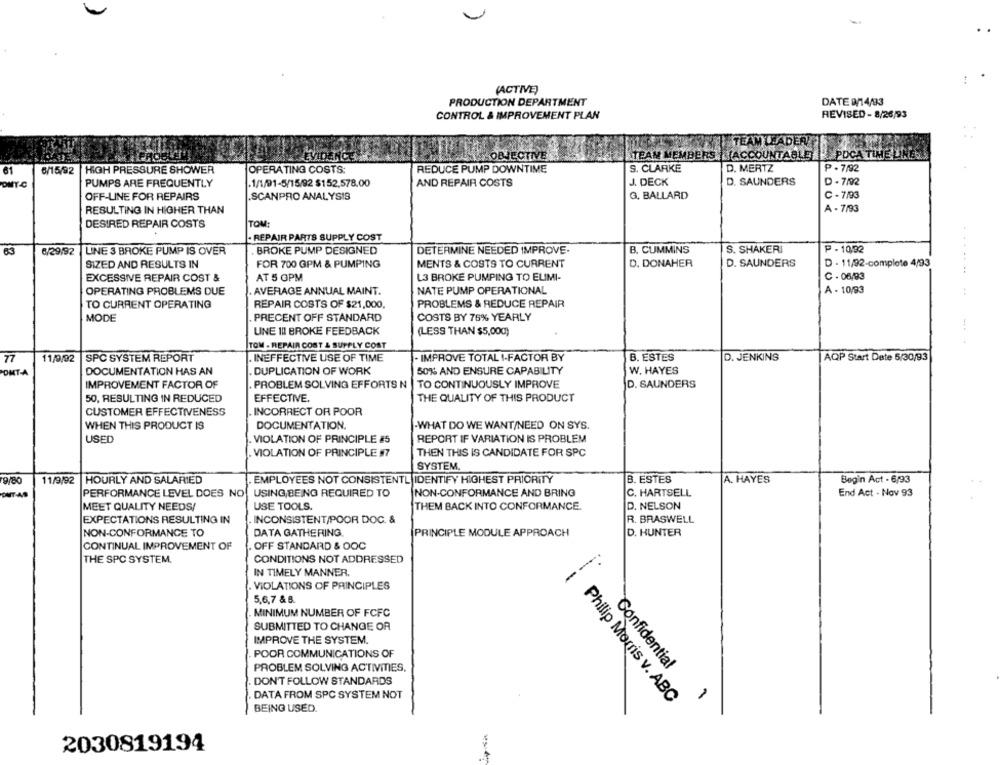
(ACTIVE)
PRODUCTION DEPARTMENT
DATE 9/14/33
CONTROL & IMPROVEMENT PLAN
REVISED - 8/26/93
TEAM LEADER
OBJECTIVE
TEAM MEMBERS I YACCOUNTABLE
POCA TIMEL
HIGH PRESSURE SHOWER
OPERATING COSTS:
REDUCE PUMP DOWNTIME
S. CLARKE
D. MERTZ
₱ . 7/92
61
6/15/92
DMT.C
PUMPS ARE FREQUENTLY
.1/1/91-5/15/92 $152.578.00
AND REPAIR COSTS
J. DECK
D. SAUNDERS
D - 7/02
OFF-LINE FOR REPAIRS
,SCANPRO ANALYSIS
G. BALLARD
C - 7/93
RESULTING IN HIGHER THAN
A - 7/93
TOM:
DESIRED REPAIR COSTS
· REPAIR PARTS SUPPLY COST
6/29/92
LINE 3 BROKE PUMP IS OVER
. BROKE PUMP DESIGNED
DETERMINE NEEDED IMPROVE.
B. CUMMINS
S. SHAKER
P - 10,92
SIZED AND RESULTS IN
FOR 700 GPM & PUMPING
MENTS & COSTS TO CURRENT
D. DONAHER
D. SAUNDERS
D - 11/92-complete 4/93
C - 06/93
.....
EXCESSIVE REPAIR COST &
AT 5 OPM
L3 BROKE PUMPING TO EUMI-
. AVERAGE ANNUAL MAINT.
NATE PUMP OPERATIONAL
A - 10/93
OPERATING PROBLEMS DUE
TO CURRENT OPERATING
REPAIR COSTS OF $21,000,
PROBLEMS & REDUCE REPAIR
MODE
PRECENT OFF STANDARD
COSTS BY 76% YEARLY
UNE III BROKE FEEDBACK
(LESS THAN $5,000)
TOM - REPAIR COST & SUPPLY COST
77
11/9/92
SPC SYSTEM REPORT
. INEFFECTIVE USE OF TIME
- IMPROVE TOTAL I-FACTOR BY
B. ESTES
D. JENKINS
AQP Start Date 6/30/93
PONTA
DOCUMENTATION HAS AN
. DUPLICATION OF WORK
50% AND ENSURE CAPABILITY
W. HAYES
IMPROVEMENT FACTOR OF
PROBLEM SOLVING EFFORTS N
TO CONTINUOUSLY IMPROVE
D. SAUNDERS
50, RESULTING IN REDUCED
EFFECTIVE.
THE QUALITY OF THIS PRODUCT
CUSTOMER EFFECTIVENESS
INCORRECT OR POOR
WHEN THIS PRODUCT IS
DOCUMENTATION.
-WHAT DO WE WANT/NEED ON SYS.
USED
VIOLATION OF PRINCIPLE #5
REPORT IF VARIATION IS PROBLEM
THEN THIS IS CANDIDATE FOR SPC
. VIOLATION OF PRINCIPLE 97
SYSTEM.
79/80
11/9/92
HOURLY AND SALARIED
EMPLOYEES NOT CONSISTENTL IDENTIFY HIGHEST PRIORITY
B. ESTES
A. HAYES
Begin Act - 6/93
PERFORMANCE LEVEL DOES NO
USING,BEING REQUIRED TO
NON-CONFORMANCE AND BRING
C. HARTSELL
End Act - Nov 93
USE TOOLS.
THEM BACK INTO CONFORMANCE.
D. NELSON
MEET QUALITY NEEDS/
EXPECTATIONS RESULTING IN
INCONSISTENT/POOR DOC. &
R. BRASWELL
NON-CONFORMANCE TO
DATA GATHERING
PRINCIPLE MODULE APPROACH
D. HUNTER
CONTINUAL IMPROVEMENT OF
OFF STANDARD & OOC
CONDITIONS NOT ADDRESSED
--
THE SPC SYSTEM.
IN TIMELY MANNER.
VIOLATIONS OF PRINCIPLES
5,6,7 & B.
MINIMUM NUMBER OF FCFC
SUBMITTED TO CHANGE OR
IMPROVE THE SYSTEM.
POOR COMMUNICATIONS OF
PROBLEM SOLVING ACTIVITIES.
Confidential
DON'T FOLLOW STANDARDS
DATA FROM SPC SYSTEM NOT
Philip Morris v. ABC
BEING USED.
2030819194